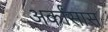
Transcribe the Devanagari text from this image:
अर्कांसास